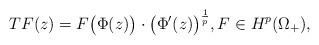
LaTeX: \begin{align*} TF(z)= F\big(\Phi(z)\big)\cdot \big(\Phi'(z)\big)^\frac{1}{p}, F\in H^p(\Omega_+),\end{align*}